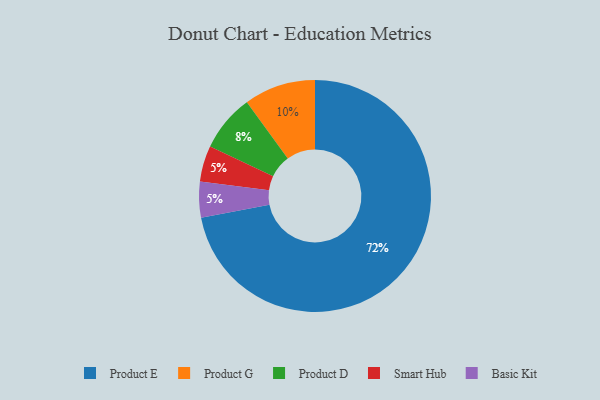
{"axis": {"x": "Category", "y": "Percentage"}, "legend": ["Basic Kit", "Product D", "Product E", "Product G", "Smart Hub"], "data": [{"x": "Product E", "y": 72, "type": "Product E"}, {"x": "Smart Hub", "y": 5, "type": "Smart Hub"}, {"x": "Product D", "y": 8, "type": "Product D"}, {"x": "Product G", "y": 10, "type": "Product G"}, {"x": "Basic Kit", "y": 5, "type": "Basic Kit"}]}